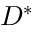
D ^ { * }